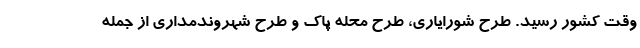
وقت کشور رسید. طرح شورایارى، طرح محله پاک و طرح شهروندمدارى از جمله